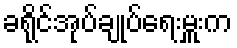
ခရိုင်အုပ်ချုပ်ရေးမှူးက